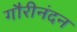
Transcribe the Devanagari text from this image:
गौरीनंदन